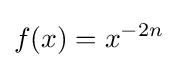
f(x)=x^{-2n}